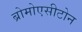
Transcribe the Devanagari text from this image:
ब्रोमोएसीटोन